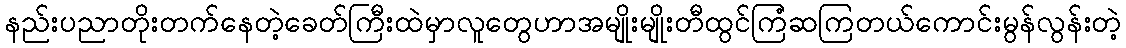
နည်းပညာတိုးတက်နေတဲ့ခေတ်ကြီးထဲမှာလူတွေဟာအမျိုးမျိုးတီထွင်ကြံဆကြတယ်ကောင်းမွန်လွန်းတဲ့